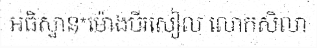
អធិស្ឋាន*ម៉ោងបីរសៀល លោកសិលា